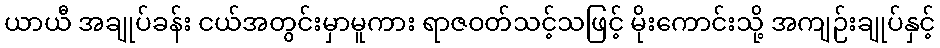
ယာယီ အချုပ်ခန်း ငယ်အတွင်းမှာမူကား ရာဇဝတ်သင့်သဖြင့် မိုးကောင်းသို့ အကျဉ်းချုပ်နှင့်